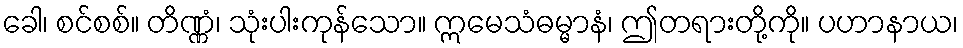
ခေါ၊ စင်စစ်။ တိဏ္ဏံ၊ သုံးပါးကုန်သော။ ဣမေသံဓမ္မာနံ၊ ဤတရားတို့ကို။ ပဟာနာယ၊